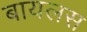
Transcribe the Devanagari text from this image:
बायलस